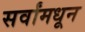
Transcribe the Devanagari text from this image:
सर्वांमधून